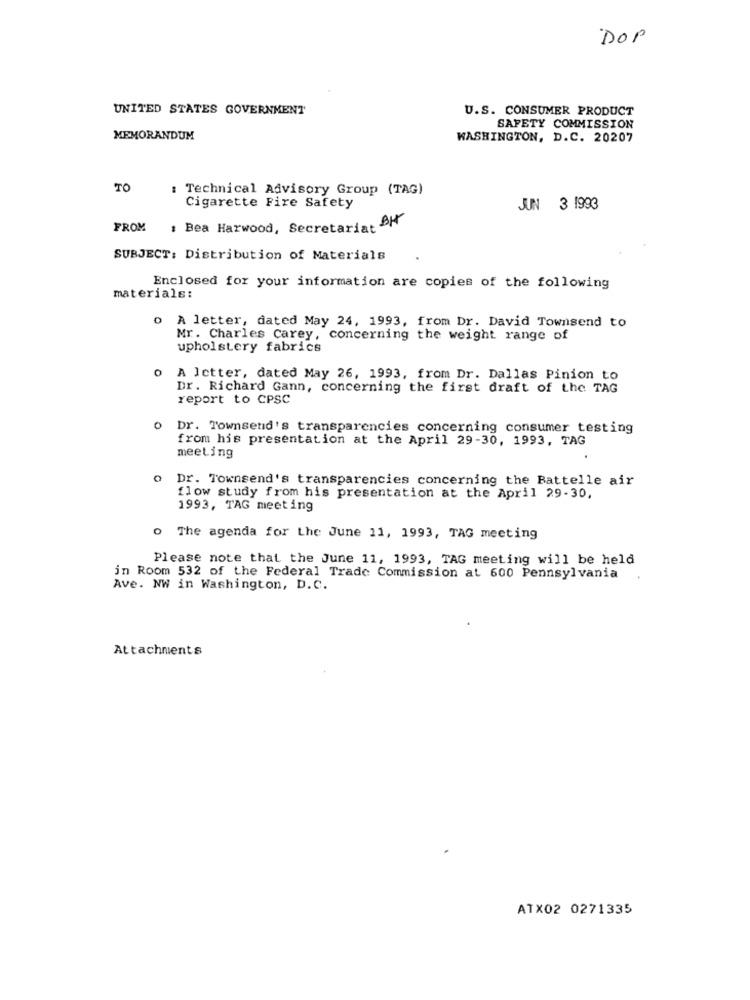
DOP
UNITED STATES GOVERNMENT
U.S. CONSUMER PRODUCT
SAFETY COMMISSION
MEMORANDUM
WASHINGTON, D.C. 20207
TO
: Technical Advisory Group (TAG)
Cigarette Fire Safety
JUN 3 1993
FROM
, Bea Harwood, Secretariat BH
SUBJECT: Distribution of Materials
materials:
Enclosed for your information are copies of the following
o A letter, dated May 24, 1993, from Dr. David Townsend to
Mr. Charles Carey, concerning the weight range of
upholstery fabrics
A Ictter, dated May 26, 1993, from Dr. Dallas Pinion to
Dr. Richard Gann, concerning the first draft of the TAG
report to CPSC
0
Dr. Townsend's transparencies concerning consumer testing
from his presentation at the April 29-30, 1993, TAG
meeting
O
Dr. Townsend's transparencies concerning the Battelle air
flow study from his presentation at the April 29-30,
1993, TAG meeting
o The agenda for the June 11, 1993, TAG meeting
Please note that the June 11, 1993, TAG meeting will be held
in Room 532 of the Federal Trade Commission at 600 Pennsylvania
Ave. NW in Washington, D.C.
Attachments
ATX02 0271335